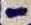
Text: -